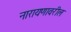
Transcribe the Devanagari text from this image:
नारायणावरील